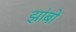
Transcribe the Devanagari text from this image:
झांबो